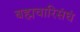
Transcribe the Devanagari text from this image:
बह्मचारिसंघं